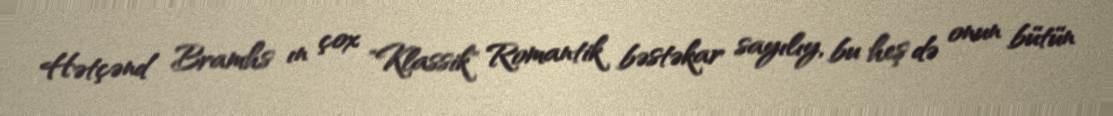
Hətçənd Bramhs ın çox "Klassik" Romantik bəstəkar sayılıy, bu heş də onun bütün